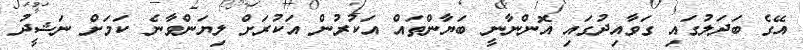
އޭގެ ބަދަލުގައި ގަވާއިދުގައި އޮންނާނީ ބަޔާންތައް އަކުރުން އަކުރަށް ލިޔަންވާނެ ކަމަށް ނަޝީދު